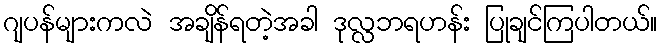
ဂျပန်များကလဲ အချိန်ရတဲ့အခါ ဒုလ္လဘရဟန်း ပြုချင်ကြပါတယ်။